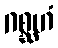
ဂစ္ဆဟံ